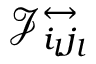
\mathcal { J } _ { i _ { l } j _ { l } } ^ { \leftrightarrow }